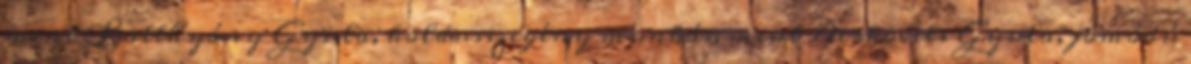
mint Batthyány Gyula, koldusszegény munkás, mint Derkovits Gyula, jómódú